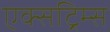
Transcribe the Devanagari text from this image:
एक्सट्रिम्स